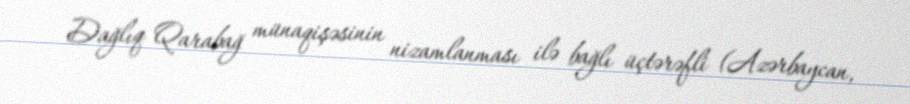
Dağlıq Qarabağ münaqişəsinin nizamlanması ilə bağlı üçtərəfli (Azərbaycan,